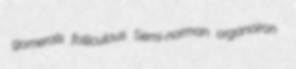
gomerals folliculous Semi-norman organoiron